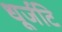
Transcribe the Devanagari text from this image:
धूर्जटि